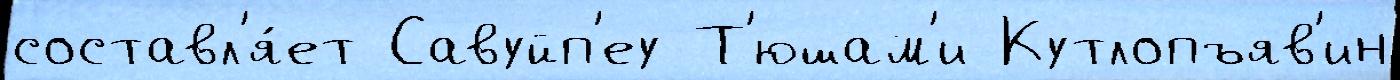
составл'я́ет Савуйп'еу Т'юшам'и Кутлопъяв'ин